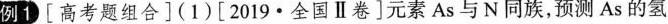
例1 [高考题组合](1)[2019·全国Ⅱ卷]元素As与N同族，预测As的氢